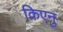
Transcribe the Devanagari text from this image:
किएनु